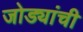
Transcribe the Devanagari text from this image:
जोड्यांची